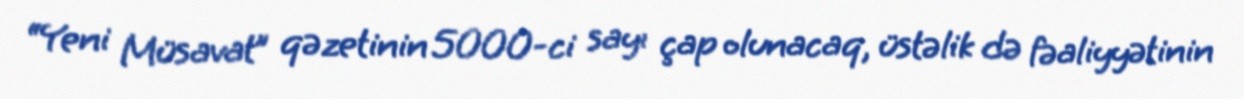
“Yeni Müsavat” qəzetinin 5000-ci sayı çap olunacaq, üstəlik də fəaliyyətinin